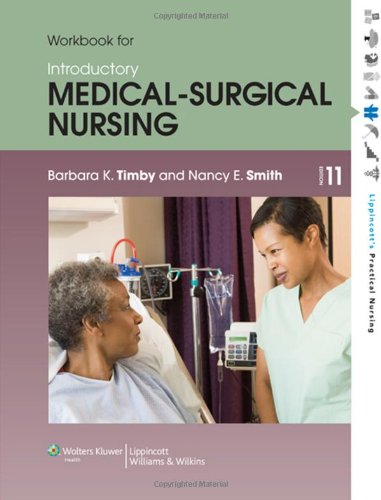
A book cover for Workbook for Introductory Medical-Surgical Nursing; Barbara K. Timby RN  BC  BSN  MA; Medical Books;